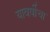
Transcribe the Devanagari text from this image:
यावर्षीचा